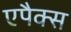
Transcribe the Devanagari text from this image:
एपैक्स